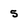
Character: 5